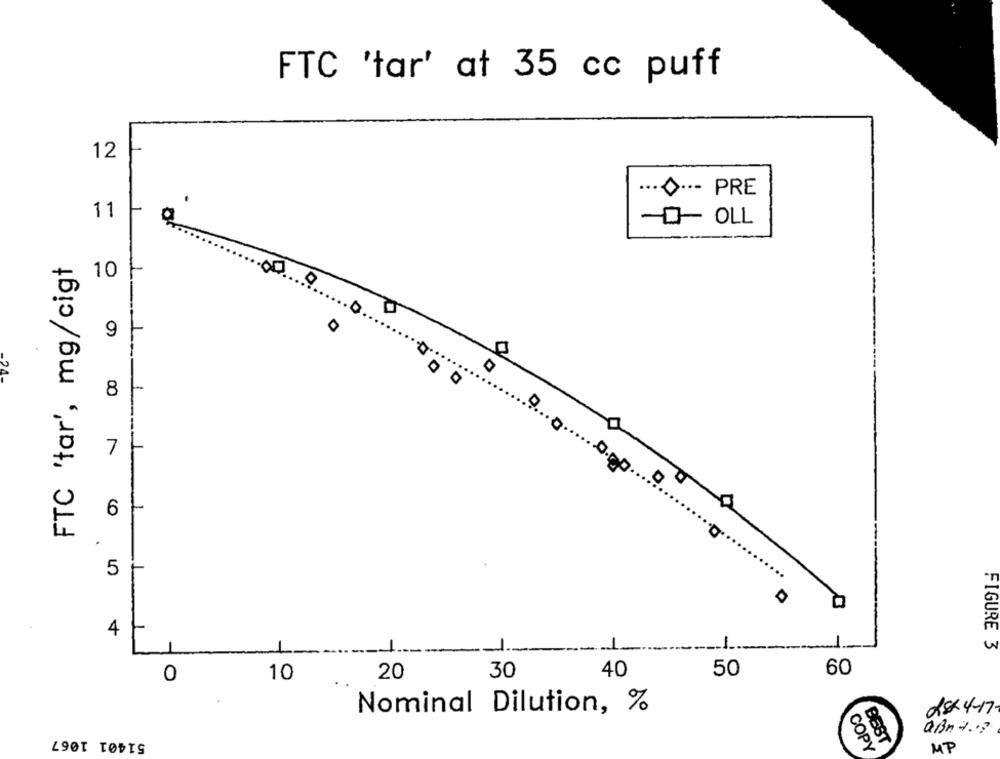
FTC "tar' at 35 cc puff
12
····- PRE
11
- OLL
FTC "tar', mg/cigt
10
9
8
7
6
5
4
-
1
FIGURE 3
20
30
40
50
60
0
10
Nominal Dilution, %
28x 4-17.
51401 1067
QBn +?
COP
BEST
MP